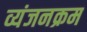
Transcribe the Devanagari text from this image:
व्यंजनक्रम